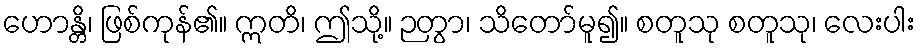
ဟောန္တိ၊ ဖြစ်ကုန်၏။ ဣတိ၊ ဤသို့။ ဉတွာ၊ သိတော်မူ၍။ စတူသု စတူသု၊ လေးပါး